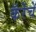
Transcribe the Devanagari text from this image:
कॅरेंचे